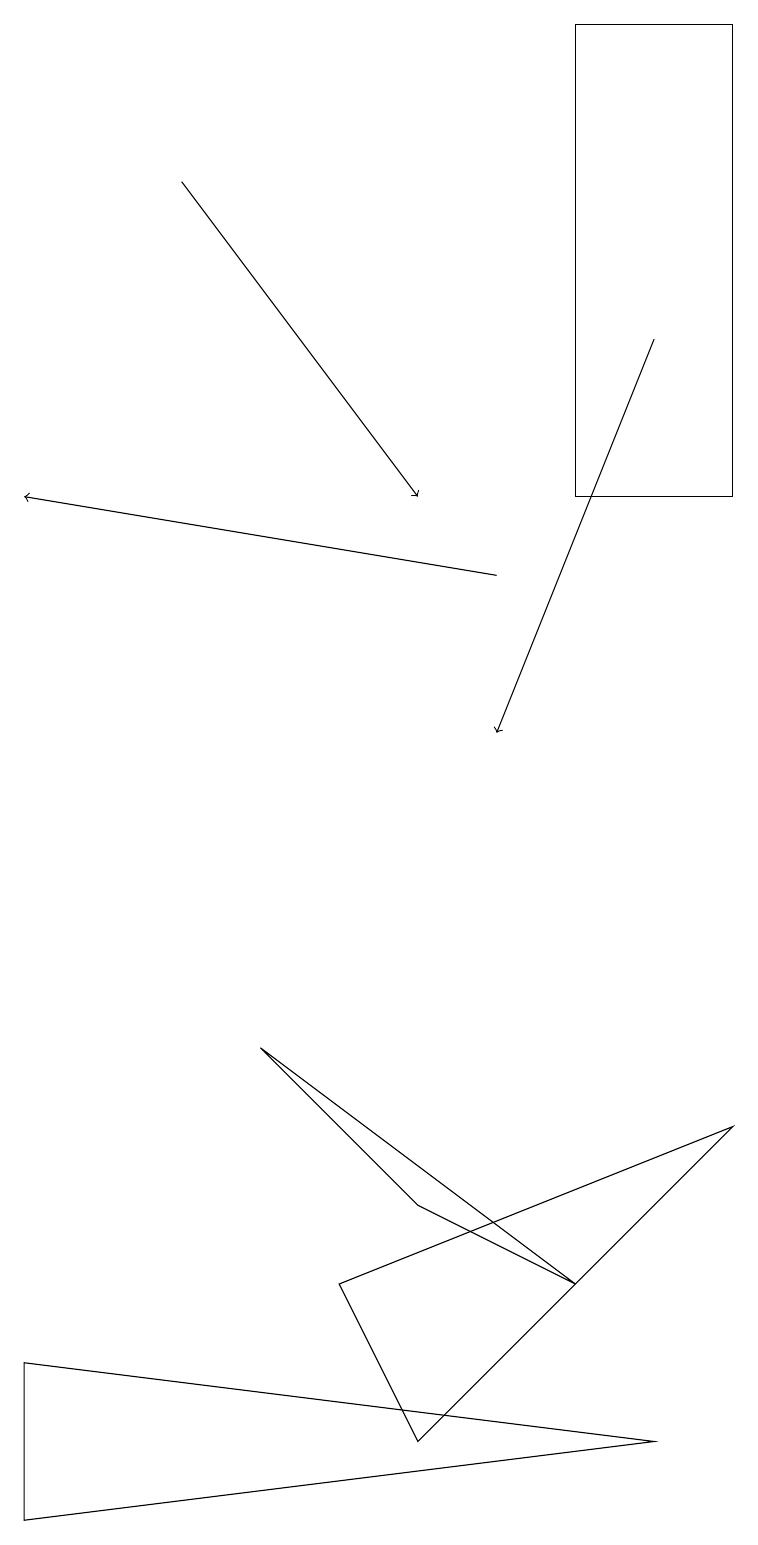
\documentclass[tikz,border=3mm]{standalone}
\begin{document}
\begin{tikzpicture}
\draw (7,13) rectangle (9,19);
\draw (4,3) -- (5,1) -- (9,5) -- cycle;
\draw (3,6) -- (5,4) -- (7,3) -- cycle;
\draw[->] (8,15) -- (6,10);
\draw (8,1) -- (0,2) -- (0,0) -- cycle;
\draw[->] (6,12) -- (0,13);
\draw[->] (2,17) -- (5,13);
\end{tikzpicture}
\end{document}